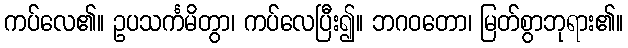
ကပ်လေ၏။ ဥပသင်္ကမိတွာ၊ ကပ်လေပြီး၍။ ဘဂဝတော၊ မြတ်စွာဘုရား၏။